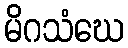
မိဂသံဃေ